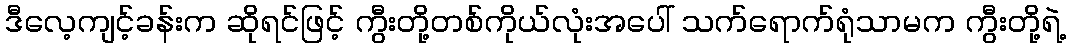
ဒီလေ့ကျင့်ခန်းက ဆိုရင်ဖြင့် ကွီးတို့တစ်ကိုယ်လုံးအပေါ် သက်ရောက်ရုံသာမက ကွီးတို့ရဲ့